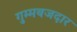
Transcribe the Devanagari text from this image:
गुम्मबजदार